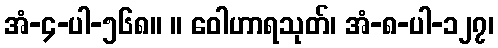
အံ-၄-ပါ-၅၆၈။ ။ ဝေါဟာရသုတ်၊ အံ-၈-ပါ-၁၂၇၊